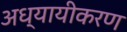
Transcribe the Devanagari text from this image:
अध्यायीकरण